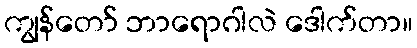
ကျွန်တော် ဘာရောဂါလဲ ဒေါက်တာ။